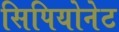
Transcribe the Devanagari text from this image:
सिपियोनेट